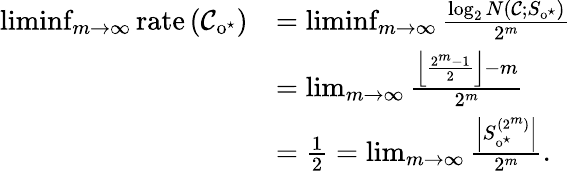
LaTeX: \begin{array}{rl}{\operatorname*{liminf}_{m\to\infty}\mathrm{rate}\left(\mathcal{C}_{\mathrm{o}^{\star}}\right)}&{=\operatorname*{liminf}_{m\to\infty}\frac{\log_{2}N(\mathcal{C};S_{\mathrm{o}^{\star}})}{2^{m}}}\\ &{=\operatorname*{lim}_{m\to\infty}\frac{\left\lfloor\frac{2^{m}-1}{2}\right\rfloor-m}{2^{m}}}\\ &{=\frac 12=\operatorname*{lim}_{m\to\infty}\frac{\left\lvert S_{\mathrm{o}^{\star}}^{(2^{m})}\right\rvert}{2^{m}}.}\end{array}